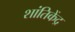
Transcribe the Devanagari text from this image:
शांतिकेंद्र